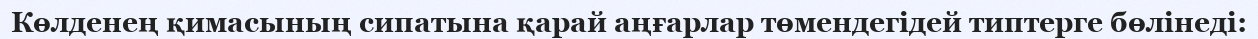
Көлденең қимасының сипатына қарай аңғарлар төмендегідей типтерге бөлінеді: